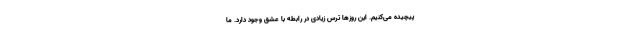
پیچیده می‌کنیم. این روزها ترس زیادی در رابطه با عشق وجود دارد. ما